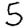
Digit: 5